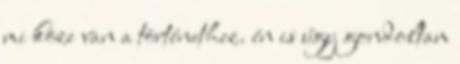
mi köze van a történethez. én is úgy gondoltam